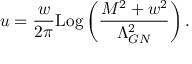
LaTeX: u = \frac { w } { 2 \pi } \mathrm { L o g } \left( \frac { M ^ { 2 } + w ^ { 2 } } { \Lambda _ { G N } ^ { 2 } } \right) .